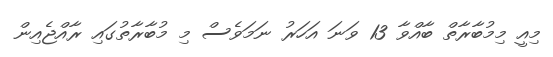
މިއީ މިމުބާރާތް ބާއްވާ 13 ވަނަ އަހަރު ނަމަވެސް މި މުބާރާތުގައި ރާއްޖެއިން